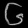
Digit: ၆